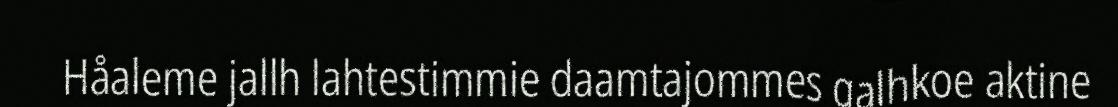
Håaleme jallh lahtestimmie daamtajommes galhkoe aktine